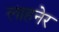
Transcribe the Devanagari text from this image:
लाहनेर